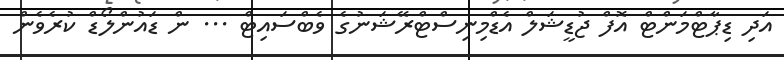
އަދި ޑިޕާޓްމަންޓް އޮފް ޖުޑީޝަލް އެޑްމިނިސްޓްރޭޝަނުގެ ވެބްސައިޓް ... ން ޑައުންލޯޑް ކުރެވެން